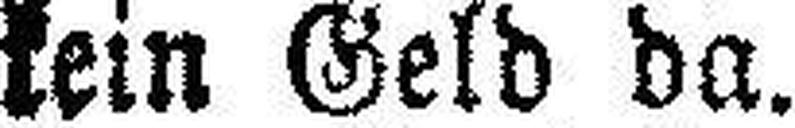
kein Geld da.